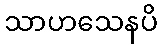
သာဟသေနပိ